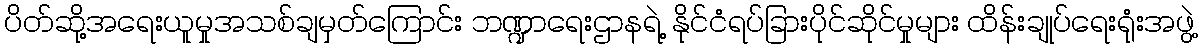
ပိတ်ဆို့အရေးယူမှုအသစ်ချမှတ်ကြောင်း ဘဏ္ဍာရေးဌာနရဲ့ နိုင်ငံရပ်ခြားပိုင်ဆိုင်မှုများ ထိန်းချုပ်ရေးရုံးအဖွဲ့